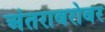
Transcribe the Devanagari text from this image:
अंतराबरोबर